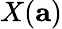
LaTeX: X(\mathbf{a})